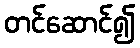
တင်ဆောင်၍